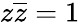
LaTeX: z{\overline{{z}}}=1